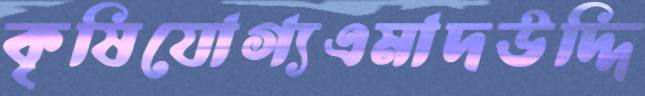
কৃষিযোগ্যএমাদউদ্দি